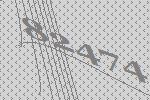
82474